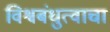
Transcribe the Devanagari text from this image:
विश्वबंधुत्वाचा